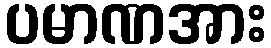
ပမာဏအား